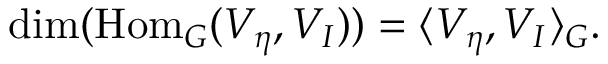
\dim ( { \mathrm { H o m } } _ { G } ( V _ { \eta } , V _ { I } ) ) = \langle V _ { \eta } , V _ { I } \rangle _ { G } .